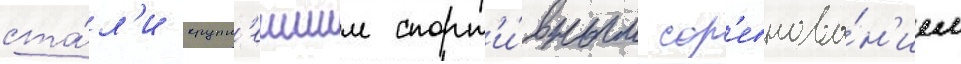
ста́л'и крупн'еишим спорт'и́вным сор'евнова́н'ием